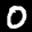
Label: 0